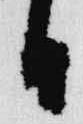
日